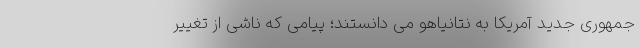
جمهوری جدید آمریکا به نتانیاهو می دانستند؛ پیامی که ناشی از تغییر